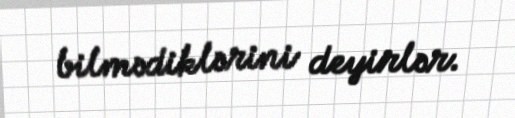
bilmədiklərini deyirlər.